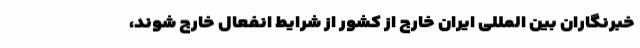
خبرنگاران بین المللی ایران خارج از کشور از شرایط انفعال خارج شوند،